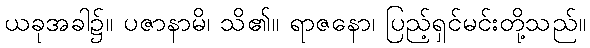
ယခုအခါ၌။ ပဇာနာမိ၊ သိ၏။ ရာဇနော၊ ပြည့်ရှင်မင်းတို့သည်။